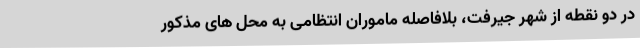
در دو نقطه از شهر جیرفت، بلافاصله ماموران انتظامی به محل های مذکور